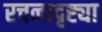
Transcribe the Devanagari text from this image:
रचनादृष्ट्या